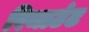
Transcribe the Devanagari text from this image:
रिमाउंट